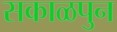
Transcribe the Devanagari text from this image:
सकाळपुन